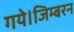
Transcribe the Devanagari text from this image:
गये।जिम्बरन